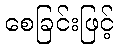
စေခြင်းဖြင့်